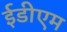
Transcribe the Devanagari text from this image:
ईडीएम